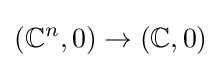
(\mathbb {C} ^{n},0)\to (\mathbb {C} ,0)